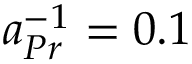
a _ { P r } ^ { - 1 } = 0 . 1